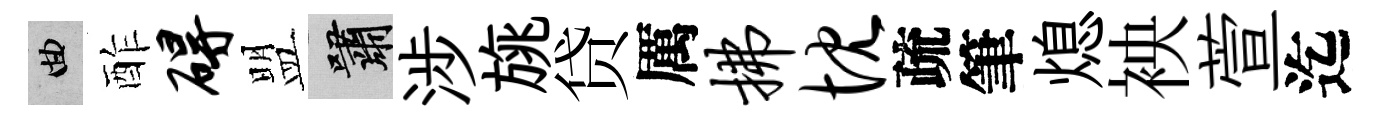
曲酢碍盟嘯涉旐贷厲拂忱疏筆熄䘧萱迄